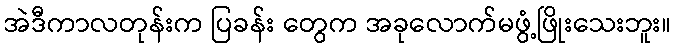
အဲဒီကာလတုန်းက ပြခန်း တွေက အခုလောက်မဖွံ့ဖြိုးသေးဘူး။